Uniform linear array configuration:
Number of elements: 4
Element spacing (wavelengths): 1
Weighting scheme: hann
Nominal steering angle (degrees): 15
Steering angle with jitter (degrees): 15.311
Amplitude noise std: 0.05
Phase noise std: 0.05

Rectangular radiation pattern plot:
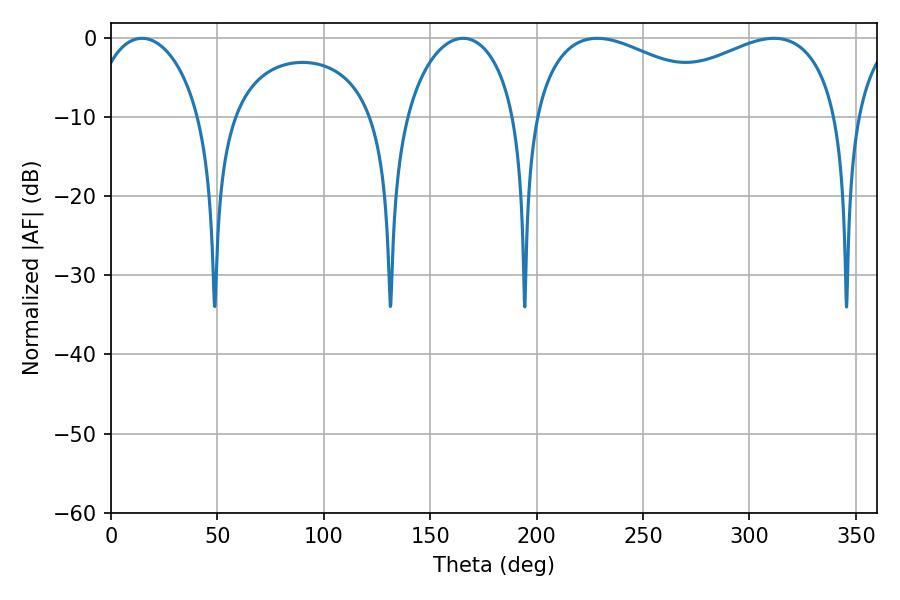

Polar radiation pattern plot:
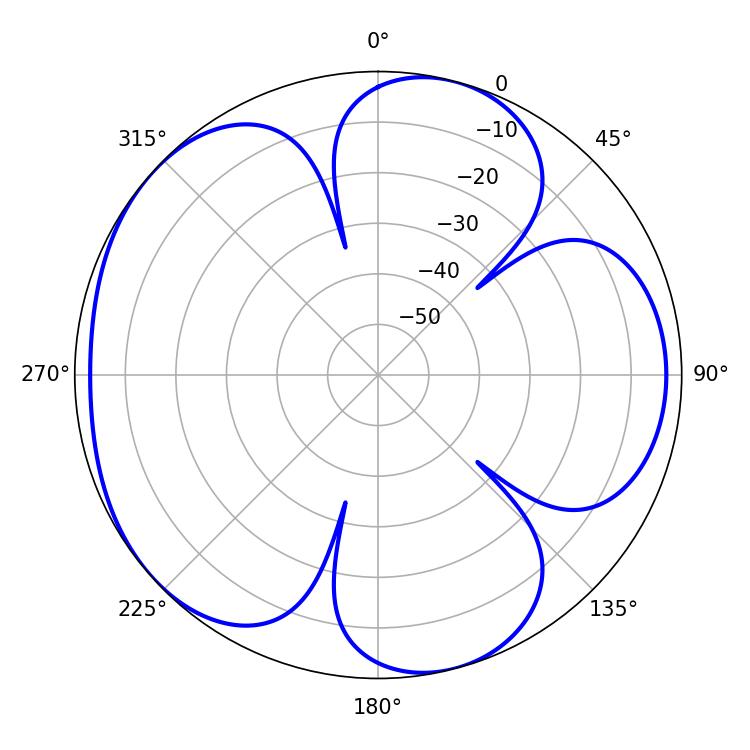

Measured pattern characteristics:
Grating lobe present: TRUE
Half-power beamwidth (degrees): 29.88
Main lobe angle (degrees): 14.58